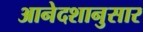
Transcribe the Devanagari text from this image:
आनेदशानुसार